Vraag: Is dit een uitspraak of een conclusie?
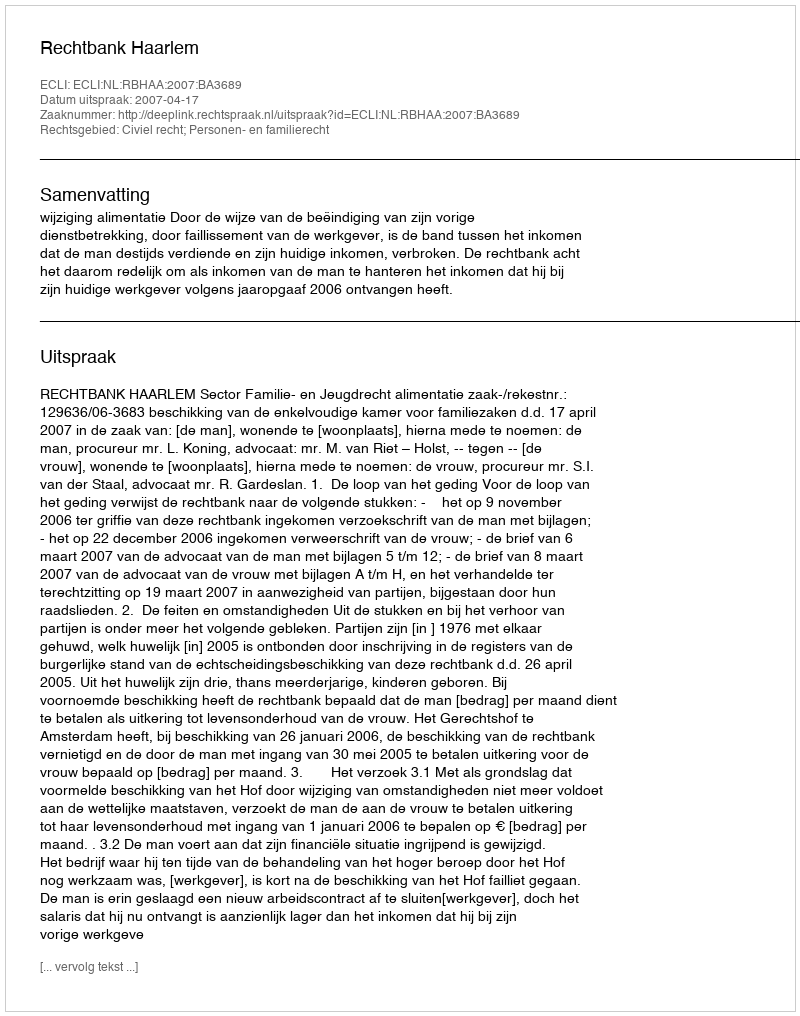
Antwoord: Uitspraak